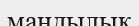
мандылық